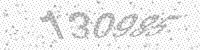
Solution: 130985